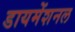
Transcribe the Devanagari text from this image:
डायमेंशनल